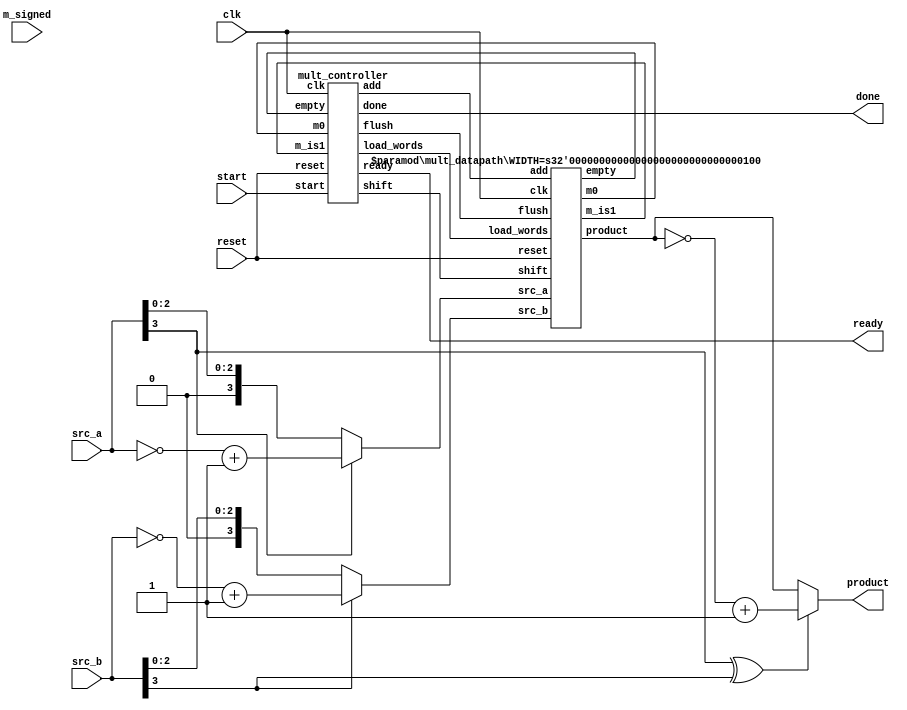
/*
 */



module multiplier #(parameter WIDTH=4)(
	input clk, reset, start, m_signed,
	input [WIDTH-1:0] src_a, src_b,
	output ready, done,
	output [2*WIDTH-1:0] product
);

	wire m0, m_is1, empty, load_words, flush, shift, add;
	//wire done;

	wire [2*WIDTH-1:0] unsigned_p;
	wire p_sign;
	wire [WIDTH-1:0] sa, sb;
	
	assign p_sign = src_a[WIDTH-1] ^ src_b[WIDTH-1];
	assign sa = (src_a[WIDTH-1]) ? (~src_a + 1'b1) : (src_a);
	assign sb = (src_b[WIDTH-1]) ? (~src_b + 1'b1) : (src_b);
	assign product = (p_sign) ? (~unsigned_p + 1'b1) : unsigned_p;

	mult_controller control2(clk, reset, start, empty, m0, m_is1,
		load_words, shift, add, flush, ready, done);

	mult_datapath #(WIDTH) data2(clk, reset, shift, add, flush, load_words, sa, sb,
		m0, m_is1, empty, unsigned_p);

endmodule


module mult_controller (
	input clk, reset, start, empty, m0, m_is1,
	output reg load_words, shift, add, flush,
	output ready, done
);

	reg [1:0] state, next_state;
	parameter IDLE=0, SHIFT=1, ADD=2, DONE=3;
	//assign ready = ((state == IDLE) && !reset) || (state == DONE);
	assign ready = ((state == IDLE) || (state == DONE));

	assign done = (state == DONE);// || start;

	always @ (posedge clk, posedge reset) begin
		//state <= (reset) ? IDLE : next_state;
		if (reset) state <= IDLE;
		else state <= next_state;
	end//always

	always @ (state, start, empty, m0, m_is1) begin
		load_words = 0; add = 0; shift = 0; flush = 0;
		case (state)
			IDLE: begin
				if (!start) next_state = IDLE;
				else if (start && !empty) begin load_words = 1; next_state = SHIFT; end
				else if (start && empty) begin flush = 1; next_state = DONE;end
			end//IDLE
			
			SHIFT: begin
				if (m_is1) begin add=1; next_state=DONE; end
				else if (m0) begin add=1; next_state=ADD; end
				else begin shift=1; next_state=SHIFT; end
			end//SHIFT

			ADD: begin
				shift=1; next_state=SHIFT;
			end//ADD

			DONE: begin
				if (start == 0) next_state=DONE;
				else if (empty) begin flush=1; next_state=DONE; end
				else begin load_words=1; next_state=SHIFT; end
			end//DONE

			default: next_state = IDLE;
		endcase
	end//always
endmodule


module mult_datapath #(parameter WIDTH=4)(
	input clk, reset, shift, add, flush, load_words,
	input [WIDTH-1:0] src_a, src_b,
	output m0, m_is1, empty,
	output reg [2*WIDTH-1:0] product
);

	reg [2*WIDTH-1:0] multiplicand;
	reg [WIDTH-1:0] multiplier;
	//assign empty = (~src_a)|(~src_b);
	assign empty = ((src_a == 0) || (src_b == 0));
	assign m_is1 = (multiplier == 1'b1);
	assign m0 = multiplier[0];


	always @ (posedge clk, posedge reset) begin
		if (reset == 1'b1) begin
			multiplier <= 0;
			multiplicand <= 0;
			product <= 0;
		end//if
		
		else if (flush) product <= 0;

		else if (load_words == 1) begin
			multiplicand <= src_a;
			multiplier <= src_b;
			product <= 0;
		end

		else if (shift) begin
			multiplicand <= multiplicand << 1;
			multiplier <= multiplier >> 1;
		end

		else if (add) begin
			product <= product + multiplicand;
		end

	end//always

endmodule